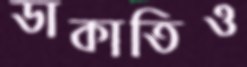
ডাকাতিও